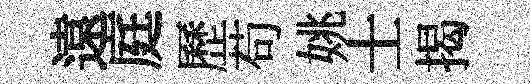
遠庭歷苟姚士揭